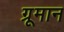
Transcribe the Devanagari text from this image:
ग्रूमान